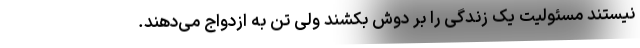
نیستند مسئولیت یک‌ زندگی را بر دوش بکشند ولی تن به ازدواج می‌دهند.